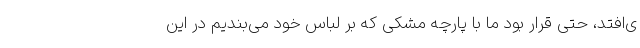
ی‌افتد، حتی قرار بود ما با پارچه مشکی که بر لباس خود می‌بندیم در این